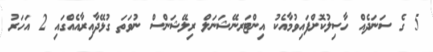
5 ގެ ސަނަދެއް ހާސިލުކޮށްފައިވުމާއެކު އިންޓަރނޭޝަނަލް ރިލޭޝަންސް ނުވަތަ ގުޅޭދާއިރާއެއްގައި 2 އަހަރު